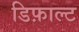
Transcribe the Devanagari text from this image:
डिफ़ाल्ट